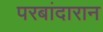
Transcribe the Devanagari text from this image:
परबांदारान